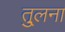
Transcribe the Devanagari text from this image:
तु्लना